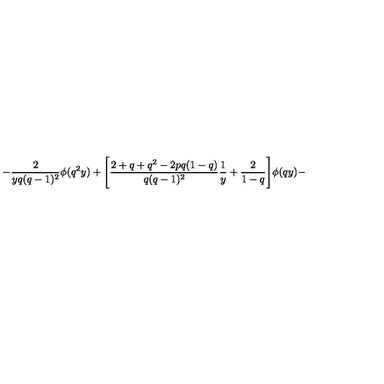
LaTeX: - \frac { 2 } { y q ( q - 1 ) ^ { 2 } } \phi ( q ^ { 2 } y ) + \Bigg [ \frac { 2 + q + q ^ { 2 } - 2 p q ( 1 - q ) } { q ( q - 1 ) ^ { 2 } } \frac { 1 } { y } + \frac { 2 } { 1 - q } \Bigg ] \phi ( q y ) -